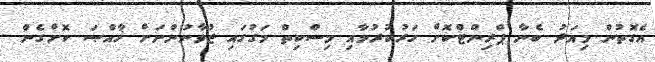
އެގޮތުން މިއަދު ބެނާ ޕްރިންޓްކޮށް ހަރުކުރުމާއި މިސްކިތް މަގުގައި ޒުވާނުންނަށް ޚާއްޞަ ކޮށްގެން